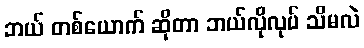
ဘယ် တစ်ယောက် ဆိုတာ ဘယ်လိုလုပ် သိမလဲ